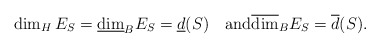
\begin{align*}\dim_HE_S=\underline{\dim}_BE_S=\underline{d}(S) \quad\mbox{and}\overline{\dim}_BE_S=\overline{d}(S).\end{align*}